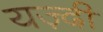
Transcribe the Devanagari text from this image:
यज़्दी